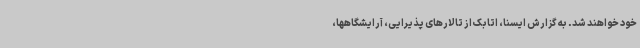
خود خواهند شد. به گزارش ایسنا، اتابک از تالارهای پذیرایی، آرایشگاهها،